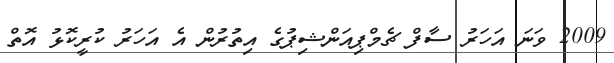
2009 ވަނަ އަހަރު ސާފް ޗެމްޕިއަންޝިޕުގެ އިތުރުން އެ އަހަރު ކުރީކޮޅު އޮތް